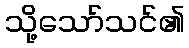
သို့သော်သင်၏